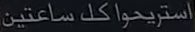
استريحوكلساعتين